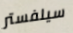
سيلفستر